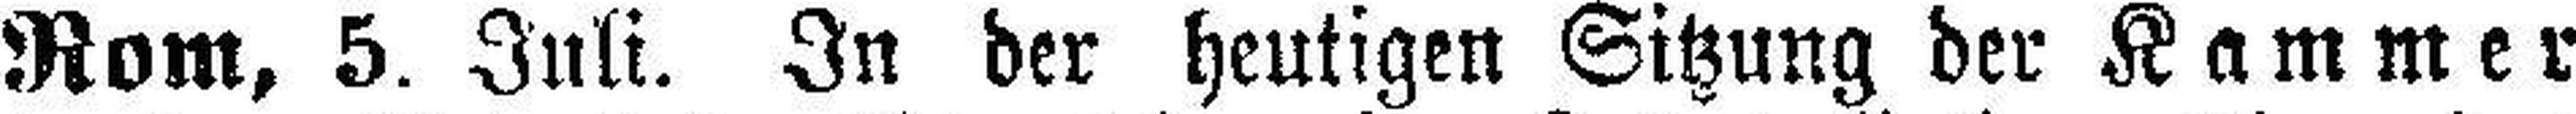
Rom, 5. Juli. In der heutigen Sitzung der Kammer¬